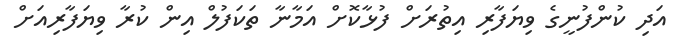
އަދި ކުންފުނީގެ ވިޔަފާރި އިތުރަށް ފުޅާކޮށް އަމާނާ ތަކަފުލް އިން ކުރާ ވިޔަފާރިއަށް